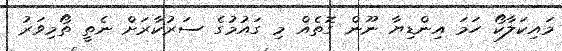
މައިކަލާކޯ ހަމަ އިންޑިޔާ ނޫން ގޮތެއް މި ގައުމުގެ ސަރުކާރަށް ނެތީ ތޯމިވަރު